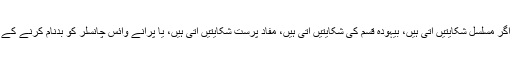
اگر وہ فائل صحیح ہے تو ہو سکتا ہے کہ وہ آدمی معتبر ہے جس نے ہم سے شکایت کی ہے ، لیکن اگر مسلسل شکایتیں آتی ہیں، بیہودہ قسم کی شکایتیں آتی ہیں، مفاد پرست شکایتیں آتی ہیں، یا پرانے وائس چانسلر کو بدنام کرنے کے لیے آتی ہیں، تو اسے اس بات کا معروضی تجزیہ کرنا چاہیے اور اس پر غوروخوض کرنا چاہیے۔